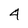
Character: 4